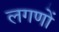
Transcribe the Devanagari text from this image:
लगणों